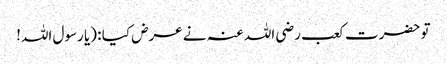
تو حضرت کعب رضی اللہ عنہ نے عرض کیا : (یا رسول اللہ!